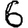
Digit: 6